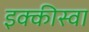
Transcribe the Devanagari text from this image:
इक्कीस्वा